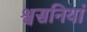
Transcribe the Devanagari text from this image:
श्वसनियां